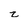
Character: z